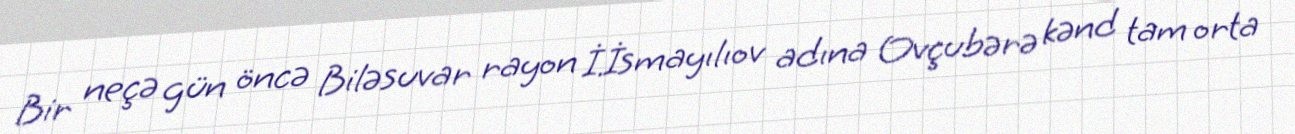
Bir neçə gün öncə Biləsuvar rayon İ.İsmayılıov adına Ovçubərə kənd tam orta